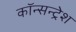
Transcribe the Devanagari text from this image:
कॉन्सन्ट्रेश